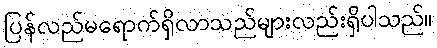
ပြန်လည်မရောက်ရှိလာသည်များလည်းရှိပါသည်။